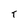
Character: T